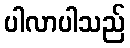
ပါလာပါသည်